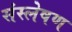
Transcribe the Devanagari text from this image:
संस्लेषण